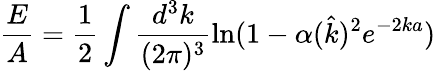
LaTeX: \frac{E}{A}=\frac{1}{2}\int\frac{d^{3}k}{(2\pi)^{3}}\ln(1-\alpha(\hat{k})^{2}e^{-2ka})